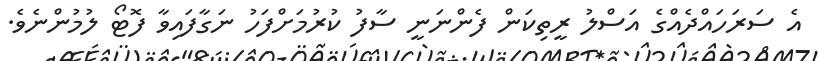
އެ ސަރަހައްދެއްގެ އަސްލު ރީތިކަން ފެންނަނީ ސާފު ކުރުމަށްފަހު ނަގާފައިވާ ފޮޓޯ ލުމުންނެވެ.